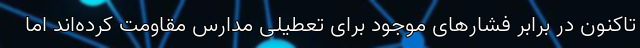
تاکنون در برابر فشارهای موجود برای تعطیلی مدارس مقاومت کرده‌اند اما